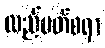
လည်ပတ်စရာ